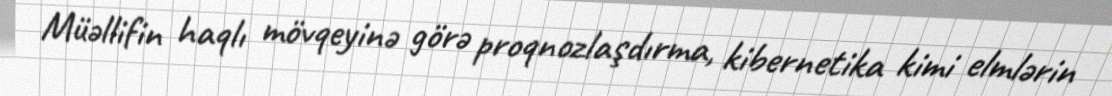
Müəllifin haqlı mövqeyinə görə proqnozlaşdırma, kibernetika kimi elmlərin